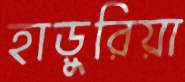
হাড়ুরিয়া